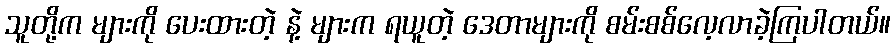
သူတို့က များကို ပေးထားတဲ့ နဲ့ များက ရယူတဲ့ ဒေတာများကို စမ်းစစ်လေ့လာခဲ့ကြပါတယ်။